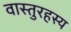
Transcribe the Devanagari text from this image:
वास्तुरहस्य